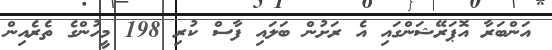
އަންބަރާ އޮޕަރޭޝަންގައި އެ ރަށުން ބަލައި ފާސް ކުރި 198 މީހުންގެ ތެރެއިން